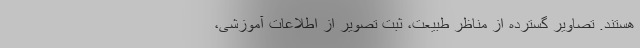
هستند. تصاویر گسترده از مناظر طبیعت، ثبت تصویر از اطلاعات آموزشی،